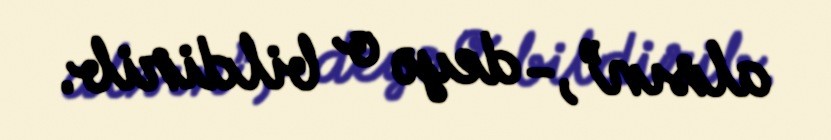
alsın”,- deyə o bildirib.